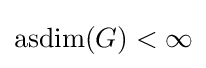
\operatorname {asdim} (G)<\infty